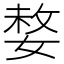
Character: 𡟋